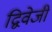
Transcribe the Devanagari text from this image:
द्विवेजी